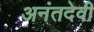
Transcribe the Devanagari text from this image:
अनंतदेवी